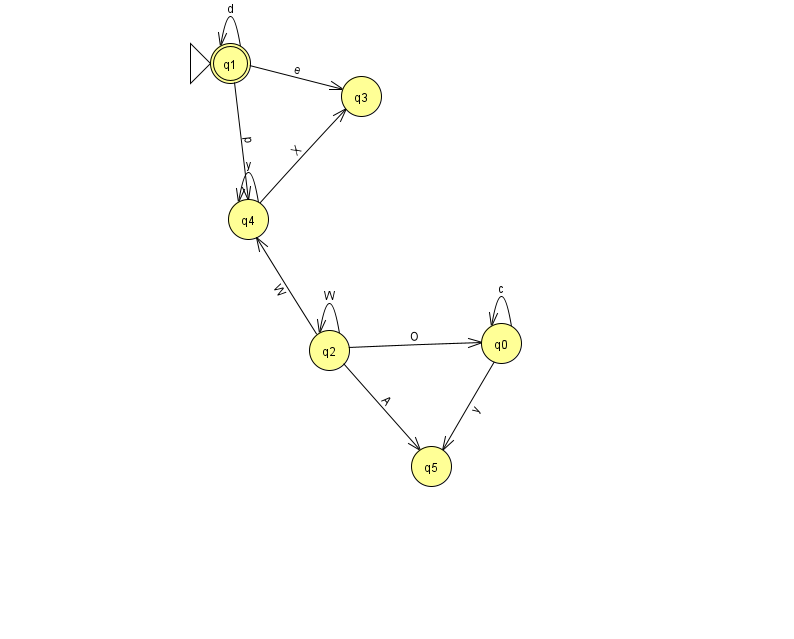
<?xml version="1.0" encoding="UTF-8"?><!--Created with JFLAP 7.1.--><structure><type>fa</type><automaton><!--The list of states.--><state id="0" name="q0"><x>501.0</x><y>330.0</y></state><state id="1" name="q1"><x>230.0</x><y>50.0</y><initial/><final/></state><state id="2" name="q2"><x>329.0</x><y>337.0</y></state><state id="3" name="q3"><x>361.0</x><y>83.0</y></state><state id="4" name="q4"><x>248.0</x><y>206.0</y></state><state id="5" name="q5"><x>431.0</x><y>453.0</y></state><!--The list of transitions.--><transition><from>0</from><to>5</to><read>y</read></transition><transition><from>1</from><to>3</to><read>e</read></transition><transition><from>0</from><to>0</to><read>c</read></transition><transition><from>1</from><to>1</to><read>d</read></transition><transition><from>2</from><to>2</to><read>W</read></transition><transition><from>4</from><to>3</to><read>X</read></transition><transition><from>1</from><to>4</to><read>p</read></transition><transition><from>4</from><to>4</to><read>y</read></transition><transition><from>2</from><to>0</to><read>O</read></transition><transition><from>2</from><to>5</to><read>A</read></transition><transition><from>2</from><to>4</to><read>W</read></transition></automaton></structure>